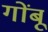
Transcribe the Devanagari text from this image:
गोंबू